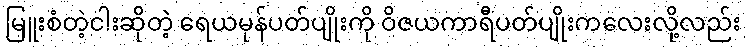
မြူးစံတဲ့ငါးဆိုတဲ့ ရေယမုန်ပတ်ပျိုးကို ဝိဇယကာရီပတ်ပျိုးကလေးလို့လည်း